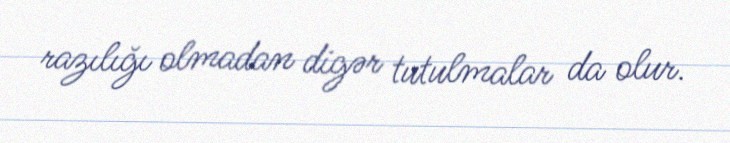
razılığı olmadan digər tutulmalar da olur.